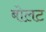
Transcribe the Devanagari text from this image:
बोलट